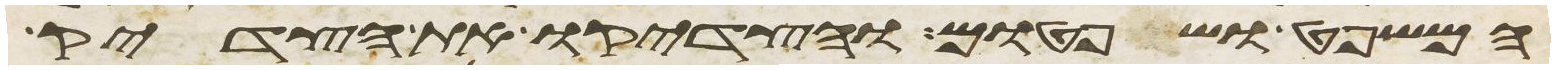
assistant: המשפט ושפטום והצדיקו את הצדיק